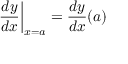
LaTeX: \left. { \frac { d y } { d x } } \right| _ { x = a } = { \frac { d y } { d x } } ( a )